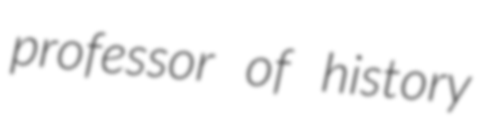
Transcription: professor of history